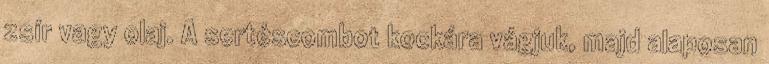
zsír vagy olaj. A sertéscombot kockára vágjuk, majd alaposan